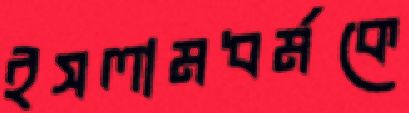
ইসলামধর্মকে